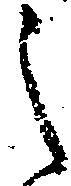
之